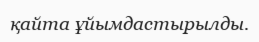
қайта ұйымдастырылды.